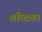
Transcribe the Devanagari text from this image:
शब्दिका